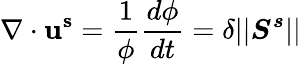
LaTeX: \nabla\cdot\mathbf{u^{s}}=\frac{1}{\phi}\frac{d\phi}{dt}=\delta\vert\vert\boldsymbol{S^{s}}\vert\vert